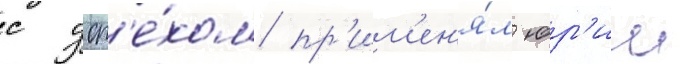
с усп'е́хом пр'им'ен'я́л юр'ии